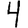
Digit: 4